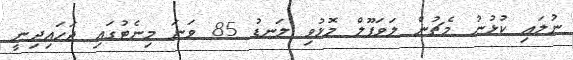
ނުލައި ކުޅުނު މެޗުން ލަވަޕޫލް މޮޅުވި ލަނޑު 85 ވަނަ މިނެޓުގައި ޖަހައިދިނީ